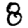
Digit: 8